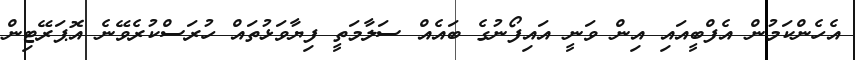
އެހެންކަމުން އެފްބީއައި އިން ވަނީ އައިފޯނުގެ ބައެއް ސަލާމަތީ ފިޔާވަޅުތައް ހުރަސްކުރެވޭނެ އޮޕަރޭޓިން